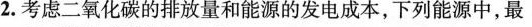
2.考虑二氧化碳的排放量和能源的发电成本，下列能源中，最